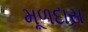
મૂળદાસ